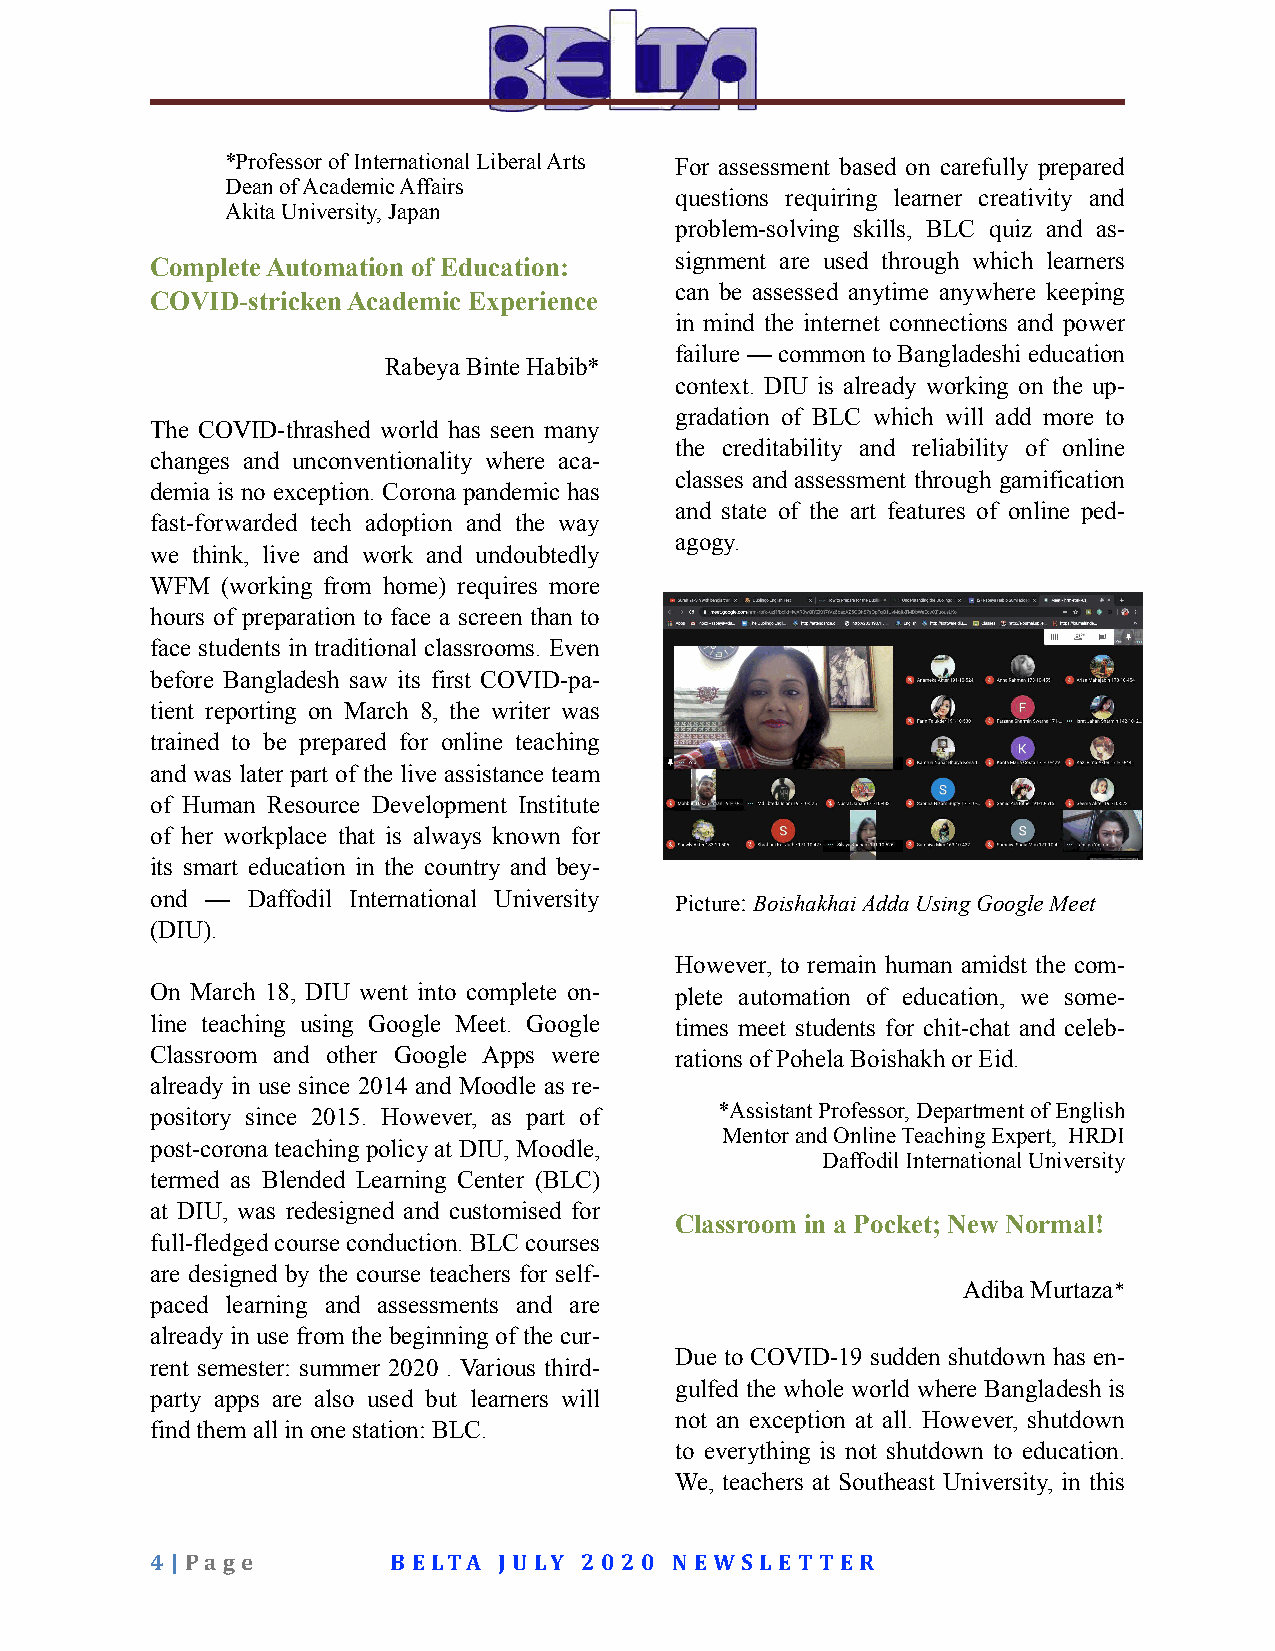
*Professor of International Liberal Arts For assessment based on carefully prepared
 Dean of Academic Affairs
 questions requiring learner creativity and
 Akita University, Japan
 problem-solving skills, BLC quiz and as-
 Complete Automation of Education:  signment are used through which learners
 can be assessed anytime anywhere keeping
 COVID-stricken Academic Experience
 in mind the internet connections and power
 failure — common to Bangladeshi education
 Rabeya Binte Habib*
 context. DIU is already working on the up-
 gradation of BLC which will add more to
 The COVID-thrashed world has seen many
 the creditability and reliability of online
 changes and unconventionality where aca-
 classes and assessment through gamification
 demia is no exception. Corona pandemic has
 and state of the art features of online ped-
 fast-forwarded tech adoption and the way
 agogy.
 we think, live and work and undoubtedly
 WFM  (working from home) requires more
 hours of preparation to face a screen than to
 face students in traditional classrooms. Even
 before Bangladesh saw its first COVID-pa-
 tient reporting on March 8, the writer was
 trained to be prepared for online teaching
 and was later part of the live assistance team
 of Human Resource Development Institute
 of her workplace that is always known for
 its smart education in the country and bey-
 ond — Daffodil International University Picture: Boishakhai Adda Using Google Meet
 (DIU).
 However, to remain human amidst the com-
 On March 18, DIU went into complete on- plete automation of education, we some-
 line teaching using Google Meet. Google times meet students for chit-chat and celeb-
 Classroom and other Google Apps were rations of Pohela Boishakh or Eid.
 already in use since 2014 and Moodle as re-
 pository since 2015. However, as part of *Assistant Professor, Department of English
 Mentor and Online Teaching Expert, HRDI
 post-corona teaching policy at DIU, Moodle,
 Daffodil International University
 termed as Blended Learning Center (BLC)
 at DIU, was redesigned and customised for
 Classroom in a Pocket; New Normal!
 full-fledged course conduction. BLC courses
 are designed by the course teachers for self-
 Adiba Murtaza*
 paced learning and assessments and are
 already in use from the beginning of the cur-
 Due to COVID-19 sudden shutdown has en-
 rent semester: summer 2020 . Various third-
 gulfed the whole world where Bangladesh is
 party apps are also used but learners will
 not an exception at all. However, shutdown
 find them all in one station: BLC.
 to everything is not shutdown to education.
 We, teachers at Southeast University, in this
 4 | Pa g e      B ELTA JU LY 2 0 2 0 N EWS LET T ER